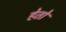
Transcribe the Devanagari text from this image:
हेतो